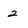
Character: 2